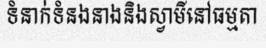
ទំនាក់ទំនងនាងនិងស្វាមីនៅធម្មតា